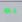
به